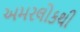
અમરલોકથી